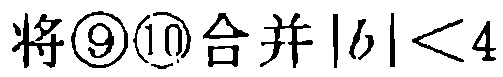
将\textcircled{9}\textcircled{10}合并\(|b|<4\)